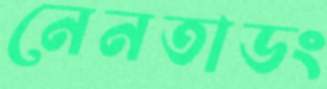
নেনতাডং